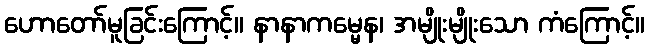
ဟောတော်မူခြင်းကြောင့်။ နာနာကမ္မေန၊ အမျိုးမျိုးသော ကံကြောင့်။